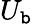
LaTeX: U_{\mathtt{b}}